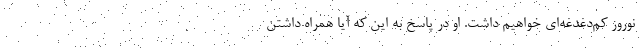
نوروز کم‌دغدغه‌ای خواهیم داشت. او در پاسخ به این که آیا همراه داشتن